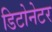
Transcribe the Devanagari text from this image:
डिटोनेटर